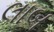
લાબ